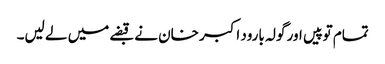
تمام توپیں اور گولہ بارود اکبر خان نے قبضے میں لے لیں۔